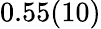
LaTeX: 0.55(10)